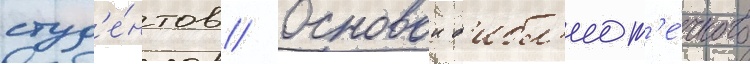
студ'е́нтов // Основои б'ибл'иот'е́чного